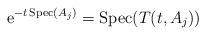
LaTeX: \begin{align*} \mathrm{e}^{-t\operatorname{Spec}(A_j)}=\operatorname{Spec}(T(t,A_j))\end{align*}